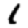
Digit: 1